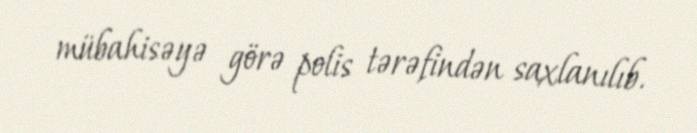
mübahisəyə görə polis tərəfindən saxlanılıb.